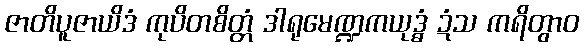
ဇာတိပူဇာယိဒံ ကုပိတစိတ္တံ ဒါရုမေဏ္ဍကယုဒ္ဓံ ဍံသ ကရိတွာဝ